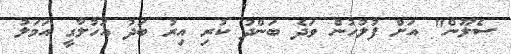
ސެލޫން" އަށް ފުލުހުން ވަދެ ބަންދު ކުރި އިރު ބަދު އަހުލާގީ އަމަލު